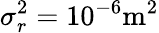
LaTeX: \sigma_{r}^{2}=10^{-6}\mathrm{m}^{2}